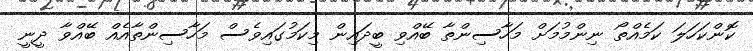
ކޮންކަހަލަ ކަމެއްތޯ ނިންމުމަށް މަހާސިންތާ ބޭއްވި ބީދައިން މިކަމުގައިވެސް މަހާސިންތާއެއް ބޭއްވާ ދީނީ